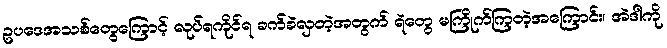
ဥပဒေအသစ်တွေကြောင့် လုပ်ရကိုင်ရ ခက်ခဲလှတဲ့အတွက် ရဲတွေ မကြိုက်ကြတဲ့အကြောင်း၊ အဲဒါကို